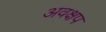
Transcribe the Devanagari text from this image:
अवक्षप